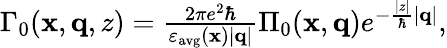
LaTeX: \begin{array}{r}{\Gamma_{0}(\mathbf{x},\mathbf{q},z)=\frac{2\pi e^{2}\hbar}{\varepsilon_{\mathrm{avg}}(\mathbf{x})|\mathbf{q}|}\Pi_{0}(\mathbf{x},\mathbf{q})e^{-\frac{|z|}{\hbar}|\mathbf{q}|},}\end{array}